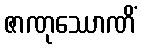
ဇာဏုဿောဏိံ